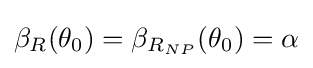
\beta _{R}(\theta _{0})=\beta _{R_{NP}}(\theta _{0})=\alpha